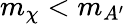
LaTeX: m_{\chi}<m_{A^{\prime}}